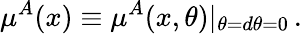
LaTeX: \mu^{A}(x)\equiv\mu^{A}(x,\theta)|_{\theta=d\theta=0}\, .